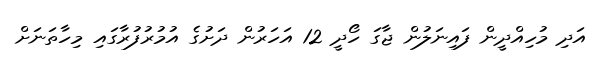
އަދި މުހިއްދީން ފައިނަލުން ޖާގަ ހޯދީ 12 އަހަރުން ދަށުގެ އުމުރުފުރާގައި މިހާތަނަށް